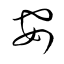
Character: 安